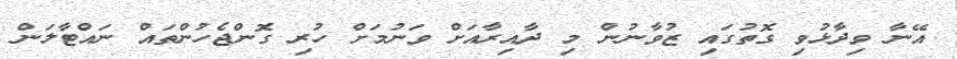
އޭނާ ވިދާޅުވި ގޮތުގައި ޒުވާނުން މި ދާއިރާއަށް ވަނުމަށް ހުރި ގޮންޖެހުންތައް ނައްޓާލަން